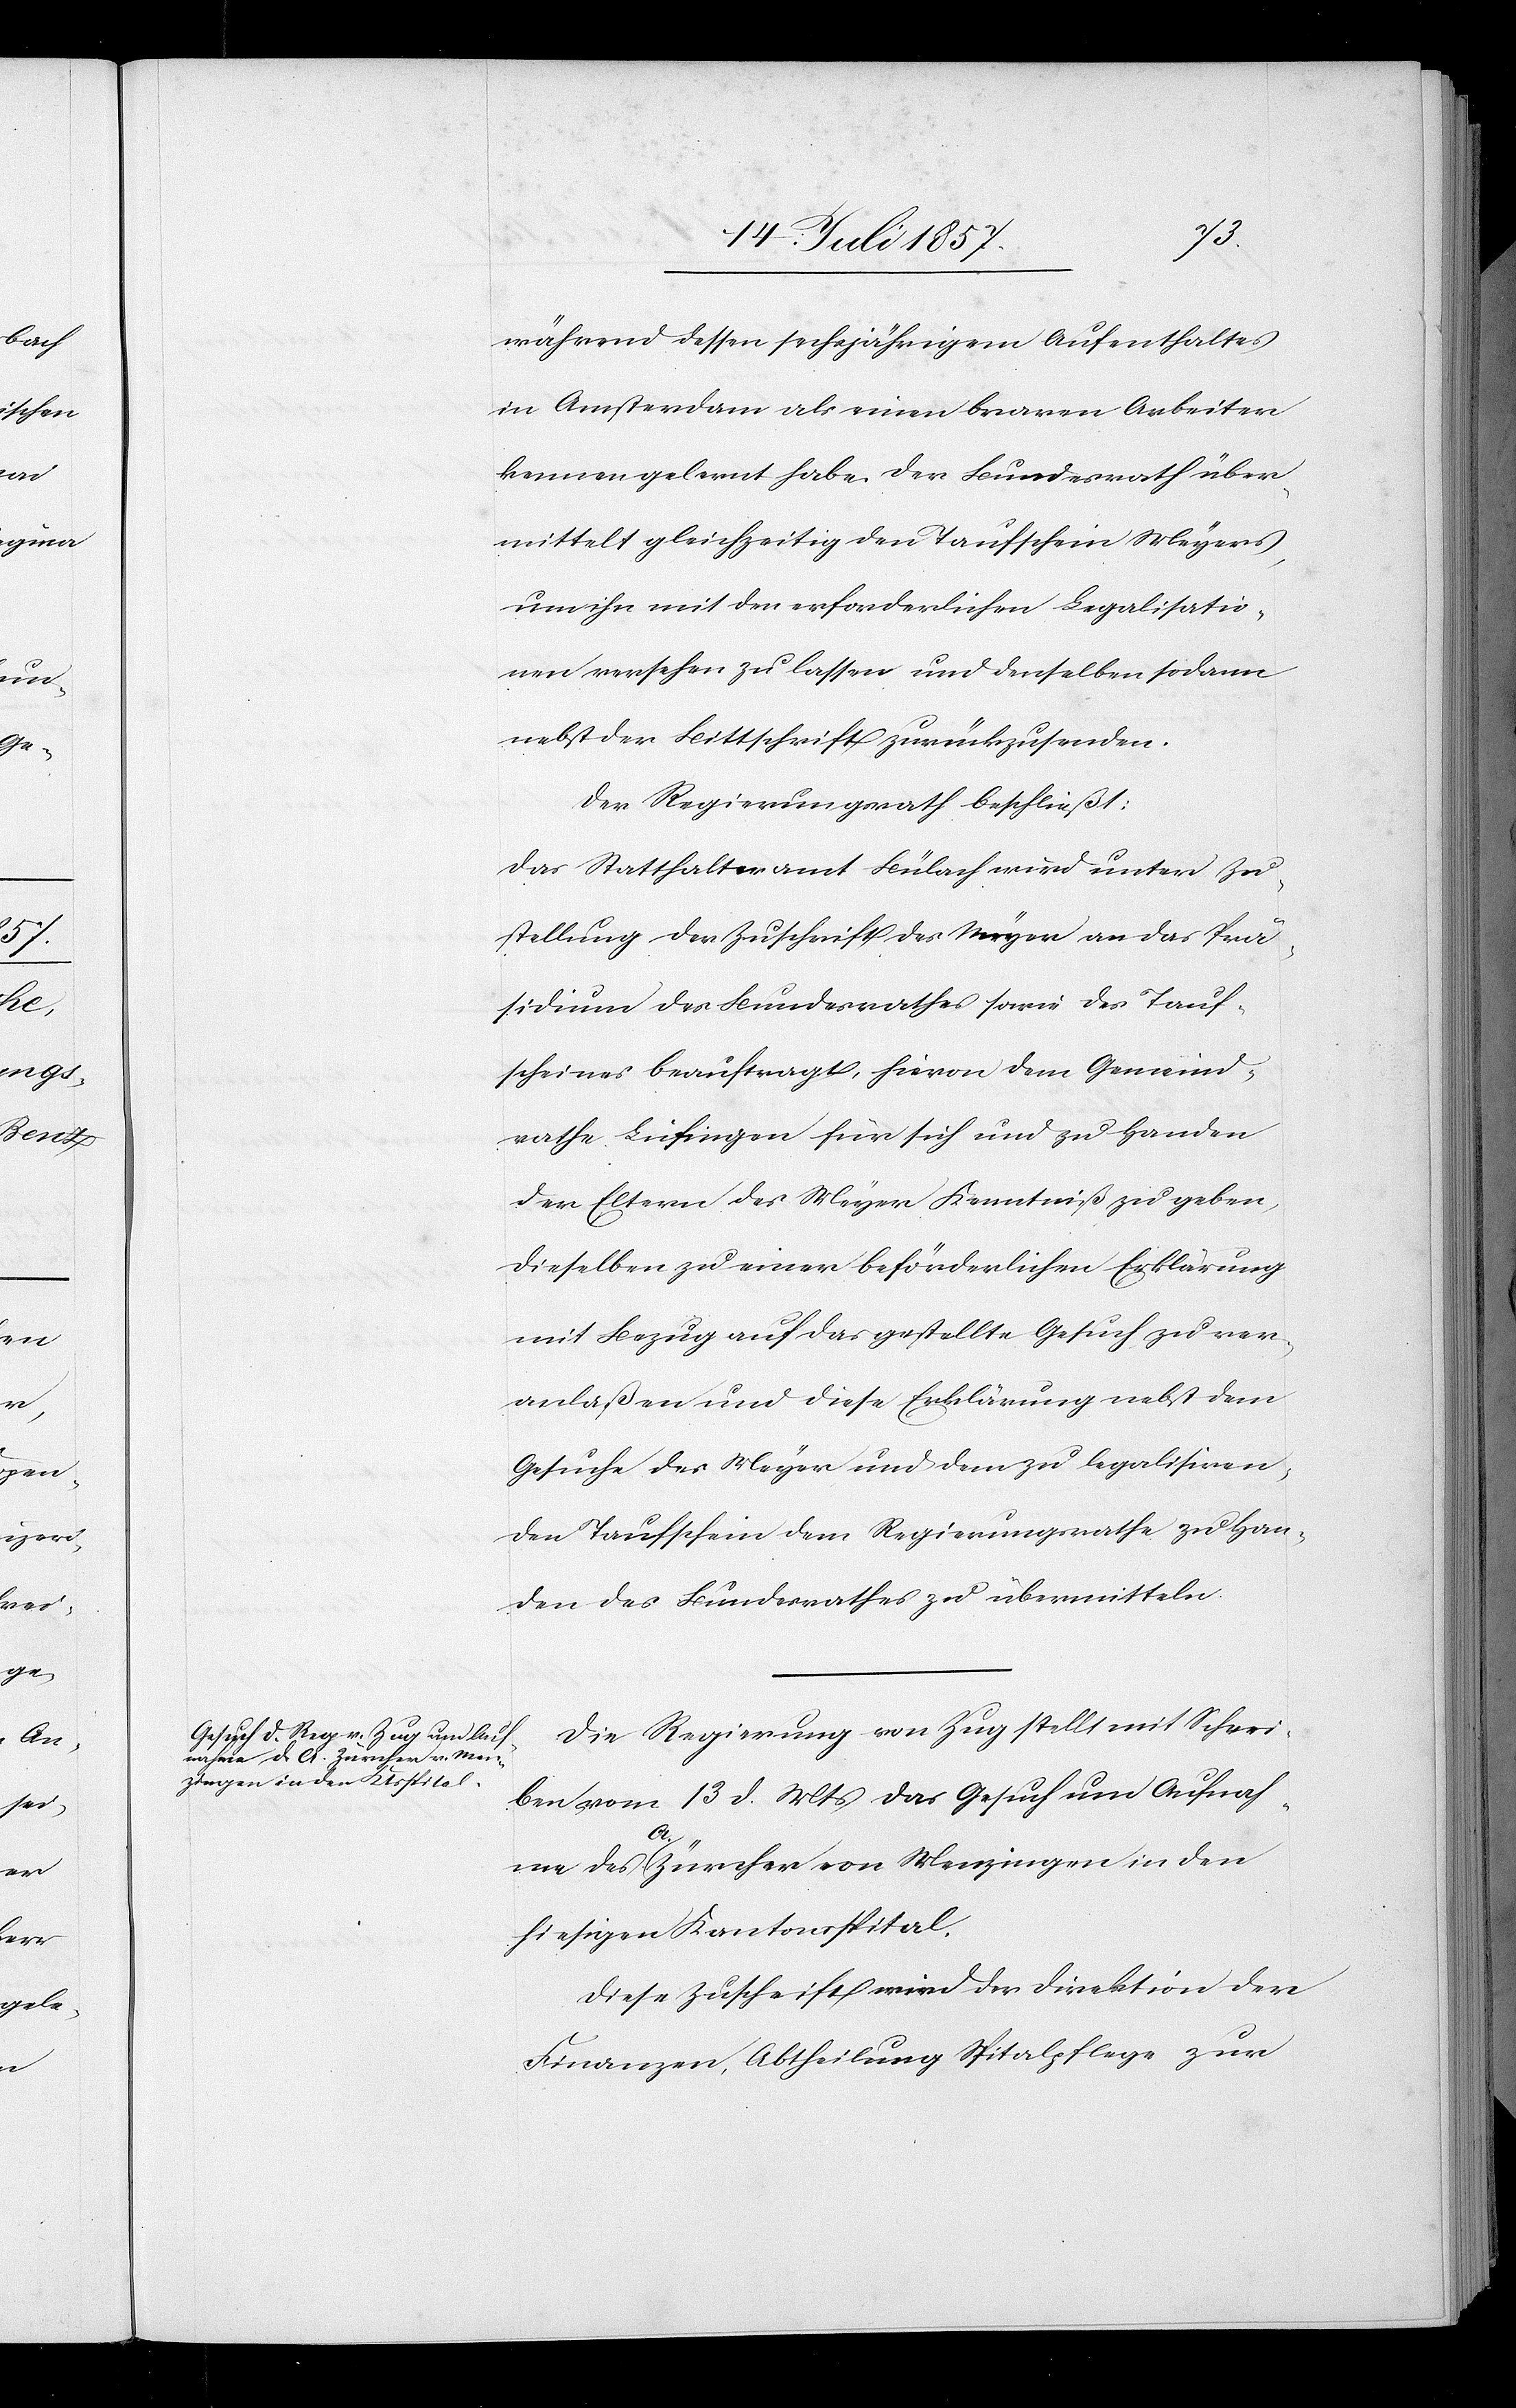
während dessen sechsjährigem [sic!] Aufenthaltes
in Amsterdam als einen braven Arbeiter
kennengelernt habe. Der Bundesrath über¬
mittelt gleichzeitig den Taufschein Meyers,
um ihn mit der erforderlichen Legalisatio¬
n versehen zu lassen und denselben sodann
nebst der Bittschrift zurückzusenden.
Der Regierungsrath beschließt:
Das Statthalteramt Bülach wird unter Zu¬
stellung der Zuschrift des Meyer an das Prä¬
sidium des Bundesrathes sowie des Tauf¬
scheines beauftragt, hievon dem Gemeind¬
rathe Lufingen für sich und zu Handen
der Eltern des Meyer Kenntniß zu geben,
dieselben zu einer beförderlichen Erklärung
mit Bezug auf das gestellte Gesuch zu ver¬
anlaßen und diese Erklärung nebst dem
Gesuche des Meyer und dem zu legalisiren
den Taufschein dem Regierungsrathe zu Han¬
den des Bundesrathes zu übermitteln.
Die Regierung von Zug stellt mit Schrei¬
ben vom 13 d. Mts. das Gesuch um Aufnah¬
me des A. Zürcher von Menzingen in den
hiesigen Kantonsspital.
Diese Zuschrift wird der Direktion der
Finanzen, Abtheilung Spitalpflege zur